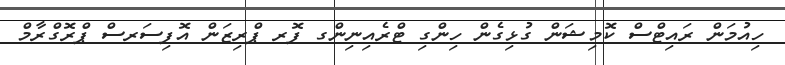
ހިއުމަން ރައިޓްސް ކޮމިޝަން ގުޅިގެން ހިންގި ޓްރެއިނިންގ ފޮރ ޕްރިޒަން އޮފިސަރސް ޕްރޮގްރާމް